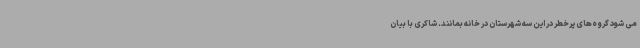
می شود گروه‌های پرخطر در این سه شهرستان در خانه بمانند. شاکری با بیان